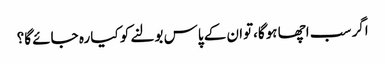
اگر سب اچھا ہوگا،توان کے پاس بولنے کو کیا رہ جائے گا؟